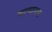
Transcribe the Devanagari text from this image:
भागाराम